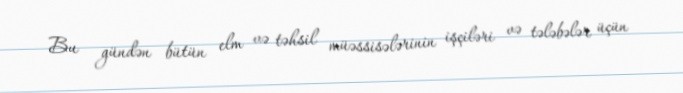
Bu gündən bütün elm və təhsil müəssisələrinin işçiləri və tələbələr üçün